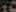
TO